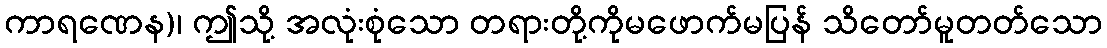
ကာရဏေန)၊ ဤသို့ အလုံးစုံသော တရားတို့ကိုမဖောက်မပြန် သိတော်မူတတ်သော